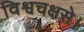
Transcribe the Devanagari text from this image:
विश्वचक्षसे।